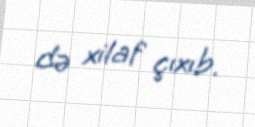
də xilaf çıxıb.